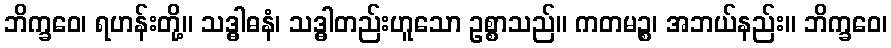
ဘိက္ခဝေ၊ ရဟန်းတို့။ သဒ္ဓါဓနံ၊ သဒ္ဓါတည်းဟူသော ဥစ္စာသည်။ ကတမဉ္စ၊ အဘယ်နည်း။ ဘိက္ခဝေ၊